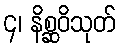
၄၊ နိစ္ဆဝိသုတ်